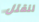
لنقتل